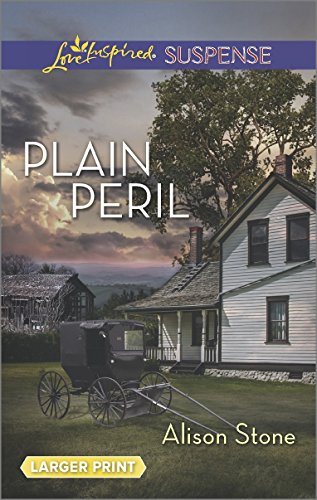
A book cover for Plain Peril (Love Inspired Large Print Suspense); Alison Stone; Christian Books & Bibles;